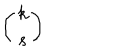
\left( \begin{array} { c } { { k } } \\ { { s } } \\ \end{array} \right)